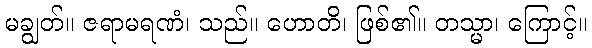
မချွတ်။ ဇရာမရဏံ၊ သည်။ ဟောတိ၊ ဖြစ်၏။ တသ္မာ၊ ကြောင့်။